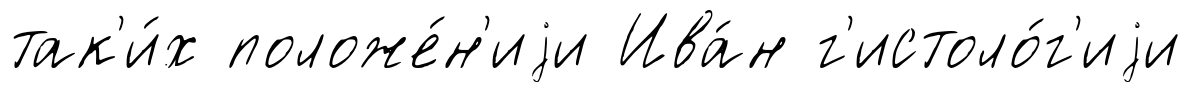
так'и́х положе́н'иjи Ива́н г'истоло́г'иjи